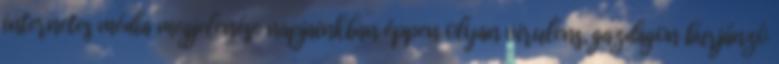
internetes média megjelenése napjainkban éppen olyan virulens, gazdagon burjánzó